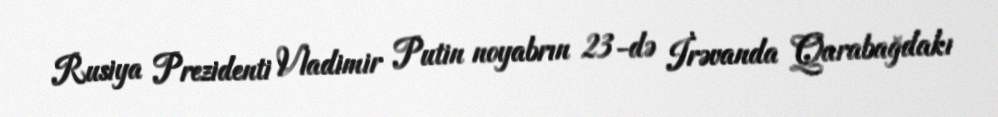
Rusiya Prezidenti Vladimir Putin noyabrın 23-də İrəvanda Qarabağdakı